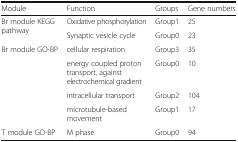
| Module | Function | Groups | Gene numbers |
 | --- | --- | --- | --- |
 | <ROWSPAN=2> Br module KEGG pathway | Oxidative phosphorylation | Group1 | 25 |
 | Synaptic vesicle cycle | Group0 | 23 |
 | <ROWSPAN=4> Br module GO-BP | cellular respiration | Group3 | 35 |
 | energy coupled proton transport, against electrochemical gradient | Group0 | 10 |
 | intracellular transport | Group2 | 104 |
 | microtubule-based movement | Group1 | 17 |
 | T module GO-BP | M phase | Group0 | 94 |